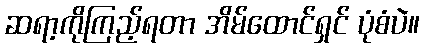
ဆရာ့ကိုကြည့်ရတာ အိမ်ထောင်ရှင် ပုံစံပဲ။